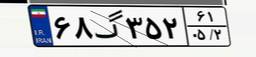
۶۴گ۴۵۸۱۸